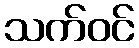
သက်ဝင်